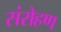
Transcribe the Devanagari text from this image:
संरोहण